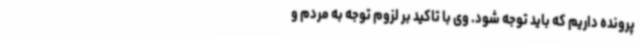
پرونده داریم که باید توجه شود. وی با تاکید بر لزوم توجه به مردم و